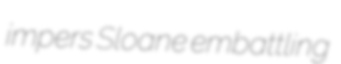
impers Sloane embattling